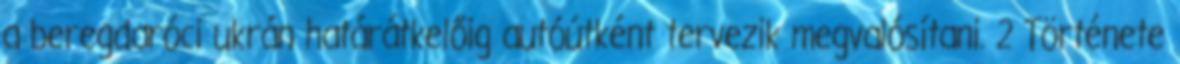
a beregdaróci ukrán határátkelőig autóútként tervezik megvalósítani. 2 Története